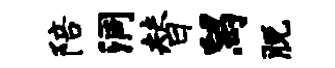
陪洞替舄脱